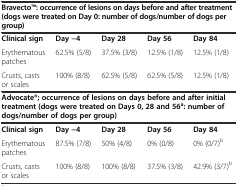
<table><thead><tr><td colspan="5"><b>BravectoTM: occurrence of lesions on days before and after treatment (dogs were treated on Day 0: number of dogs/number of dogs per group)</b></td></tr></thead><tbody><tr><td><b>Clinical sign</b></td><td><b>Day −4</b></td><td><b>Day 28</b></td><td><b>Day 56</b></td><td><b>Day 84</b></td></tr><tr><td>Erythematous patches</td><td>62.5% (5/8)</td><td>37.5% (3/8)</td><td>12.5% (1/8)</td><td>12.5% (1/8)</td></tr><tr><td>Crusts, casts or scales</td><td>100% (8/8)</td><td>62.5% (5/8)</td><td>62.5% (5/8)</td><td>12.5% (1/8)</td></tr><tr><td colspan="5"><b>Advocate®; occurrence of lesions on days before and after initial treatment (dogs were treated on Days 0, 28 and 56</b><sup><b>a</b></sup><b>: number of dogs/number of dogs per group)</b></td></tr><tr><td><b>Clinical sign</b></td><td><b>Day −4</b></td><td><b>Day 28</b></td><td><b>Day 56</b></td><td><b>Day 84</b></td></tr><tr><td>Erythematous patches</td><td>87.5% (7/8)</td><td>50% (4/8)</td><td>0% (0/8)</td><td>0% (0/7)<sup>b</sup></td></tr><tr><td>Crusts, casts or scales</td><td>100% (8/8)</td><td>100% (8/8)</td><td>37.5% (3/8)</td><td>42.9% (3/7)<sup>b</sup></td></tr></tbody></table>